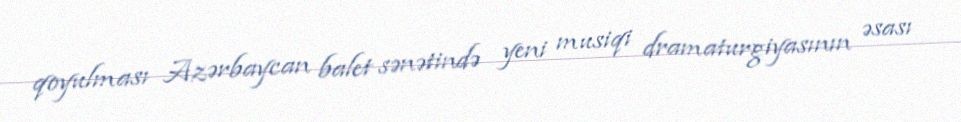
qoyulması Azərbaycan balet sənətində yeni musiqi dramaturgiyasının əsası